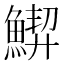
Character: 𱆵